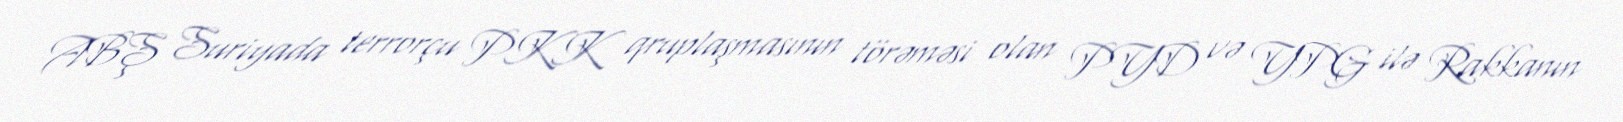
ABŞ Suriyada terrorçu PKK qruplaşmasının törəməsi olan PYD və YPG ilə Rakkanın